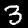
Label: 3